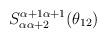
LaTeX: \begin{align*}S_{\alpha \alpha +2}^{\alpha +1\alpha +1}(\theta _{12})\end{align*}